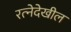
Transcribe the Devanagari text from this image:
रत्‍नेदेखील